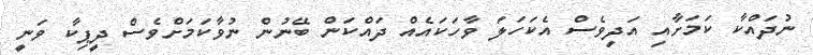
ނުދައްކާ ކަމަށާއި އަދިވެސް އެކަހަލަ ވާހަކައެއް ދައްކަން ބޭނުން ނުވާކަމަށްވެސް ދީޕިކާ ވަނީ